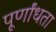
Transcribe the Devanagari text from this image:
पूर्णांधता